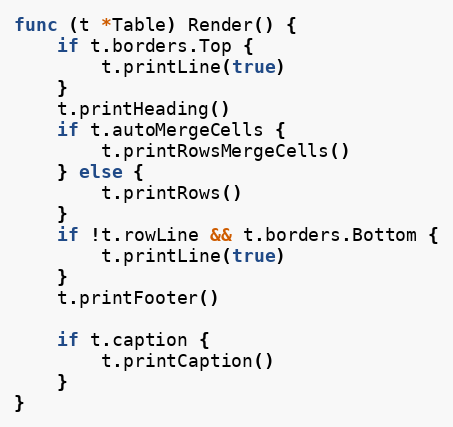
Language: Go
func (t *Table) Render() {
	if t.borders.Top {
		t.printLine(true)
	}
	t.printHeading()
	if t.autoMergeCells {
		t.printRowsMergeCells()
	} else {
		t.printRows()
	}
	if !t.rowLine && t.borders.Bottom {
		t.printLine(true)
	}
	t.printFooter()

	if t.caption {
		t.printCaption()
	}
}